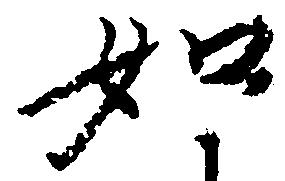
如